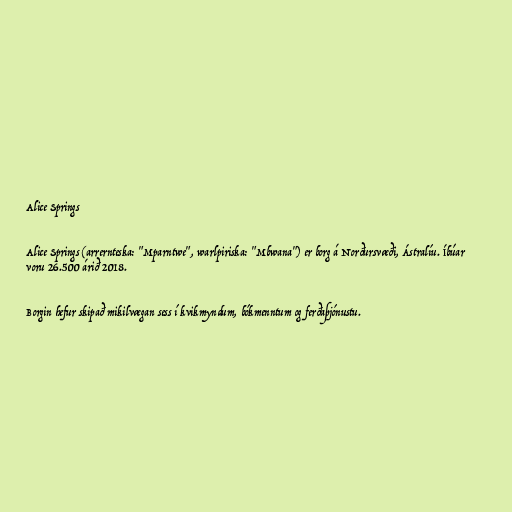
Alice Springs

Alice Springs (arrernteska: "Mparntwe", warlpiriska: "Mbwana") er borg á Norðursvæði, Ástralíu. Íbúar
voru 26.500 árið 2018.

Borgin hefur skipað mikilvægan sess í kvikmyndum, bókmenntum og ferðaþjónustu.